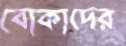
বোকাদের